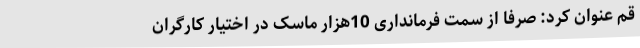
قم عنوان کرد: صرفا از سمت فرمانداری 10هزار ماسک در اختیار کارگران